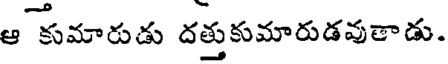
ఆ కుమారుడు దత్తుకుమారుడవుతాడు.